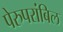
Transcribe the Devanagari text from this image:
पेरुपरांबिल